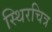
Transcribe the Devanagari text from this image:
स्थिरचित्र